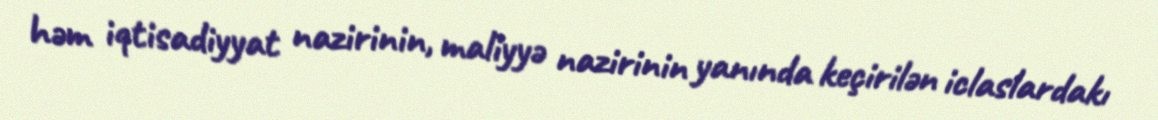
həm iqtisadiyyat nazirinin, maliyyə nazirinin yanında keçirilən iclaslardakı